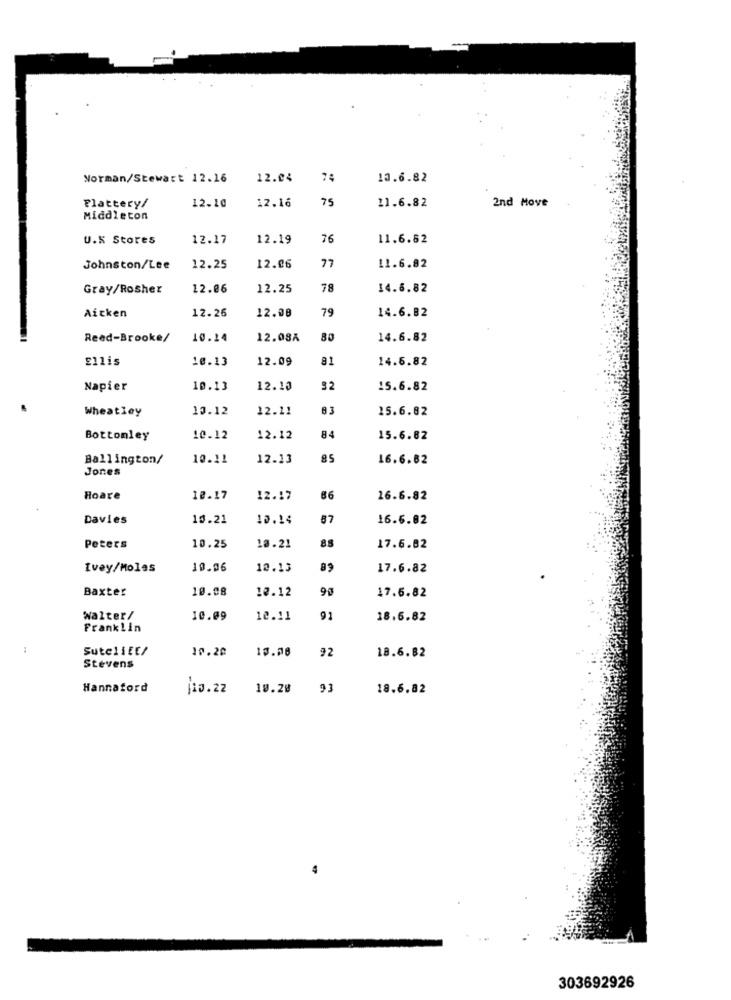
Norman/Stewart 12.16
12.04
74
13.6.82
Plattery/
75
12.10
12.16
11.6.82
2nd Move
Middleton
U.K Stores
12.17
12.19
76
11.6.82
Johnston/Lee
12.25
12.06
77
11.6.82
Gray/Rosher
12.86
12.25
78
14.6.82
Aitken
12.26
79
14.6.82
12.08
Reed-Brooke/
10.14
12.08A
80
14.6.82
Ellis
10.13
12.09
81
14.6.82
Napier
10.13
12.10
32
15.6.82
Wheatley
13.12
12.11
83
15.6.82
Bottomley
10.12
12.12
84
15.6.82
Ballington/
10.11
12.13
85
16.6.82
Jones
Hoare
10.17
12.17
66
16.6.82
Davies
10.21
10.14
87
16.6.82
85
Peters
10.25
10.21
17.6.82
Ivey/Moles
10.06
12.13
83
17.6.82
Baxter
10.08
10.12
90
17.6.82
Walter/
10.09
12.11
92
18.6.82
Franklin
SuteliEt/
10.20
13.08
92
18.6.82
Stevens
Hannaford
13. 22
10.20
93
18.6.82
303692926